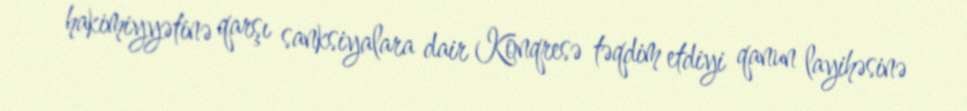
hakimiyyətinə qarşı sanksiyalara dair Konqresə təqdim etdiyi qanun layihəsinə